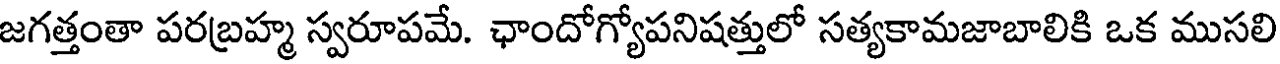
జగత్తంతా పరబ్రహ్మ స్వరూపమే. ఛాందోగ్యోపనిషత్తులో సత్యకామజాబాలికి ఒక ముసలి